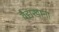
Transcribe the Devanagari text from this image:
वैद्यखाना